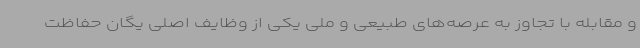
و مقابله با تجاوز به عرصه‌های طبیعی و ملی یکی از وظایف اصلی یگان حفاظت